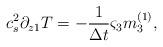
LaTeX: \begin{align*}c_s^2\partial _{z1}T =-\frac{1}{\Delta t} {\varsigma}_3{m}_3 ^{(1)},\end{align*}